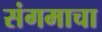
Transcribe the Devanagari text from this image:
संगमाचा